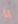
يا